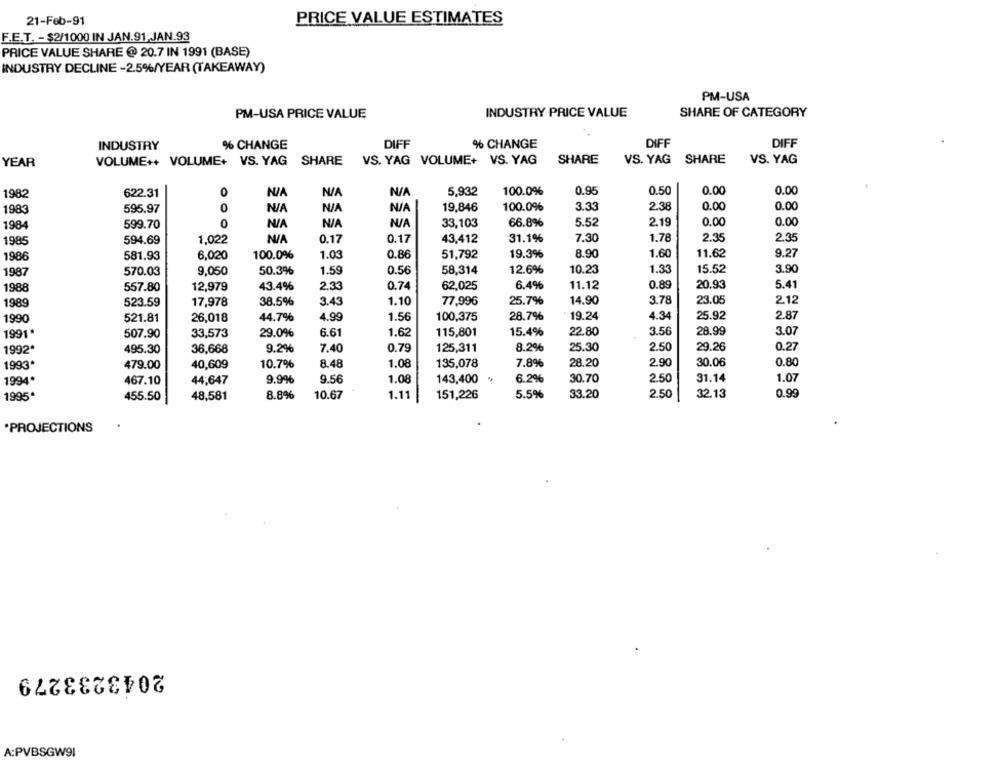
21-Feb-91
PRICE VALUE ESTIMATES
F.E.T. - $2/1000 IN JAN.91,JAN.93
PRICE VALUE SHARE @ 20.7 IN 1991 (BASE)
INDUSTRY DECLINE -2.5%/YEAR (TAKEAWAY)
PM-USA
PM-USA PRICE VALUE
INDUSTRY PRICE VALUE
SHARE OF CATEGORY
INDUSTRY
% CHANGE
DIFF
% CHANGE
DIFF
DIFF
VOLUME++ VOLUME+ VS. YAG SHARE
VS. YAG VOLUME+ VS. YAG
SHARE
VS. YAG SHARE
VS. YAG
YEAR
0
5,932
100.0%
0.95
0.50
0.00
0.00
1982
622.31
19,846
100.0%
3.33
2.38
0.00
0.00
1983
595.97
2.19
0.00
0.00
1984
599.70
0
33,103
66.8%
5.52
0.17
7.30
1.78
2.35
2.35
1985
594.69
1,022
0.17
43,412
31.1%
9.27
1986
581.93
6,020
100.0%
1.03
0.86
51,792
19.3%
8.90
1.60
11.62
1987
570.03
9,050
50.3%
1.59
0.56
58,314
12.6%
10.23
1.33
15.52
3.90
1988
557.80
12,979
43.4%
2.33
0.74
62,025
6.4%
11.12
0.89
20.93
5.41
3.78
1989
523.59
17,978
38.5%
3.43
1.10
77,996
25.7%
14.90
23.05
2.12
1990
521.81
26,018
44.7%
4.99
1.56
100,375
28.7%
19.24
4.34
25.92
2.87
1991.
507.90
33,573
29.0%
6.61
1.62
115,801
15.4%
22.80
3.56
28.99
3.07
1992
495.30
36,668
9.2%
7.40
0.79
125,311
8.2%
25.30
2.50
29.26
0.27
1993
479.00
40,609
10.7%
8.48
1.08
135,078
7.8%
28.20
2.90
30.06
0.80
1994
467.10
44,647
9.99%
9.56
1.08
143,400
6.2%
30.70
2.50
31.14
1.07
1995ª
455.50
48,581
8.8%
10.67
1.11
151,226
5.5%
33.20
2.50
32.13
0.99
*PROJECTIONS
2043233279
A:PVBSGW91